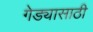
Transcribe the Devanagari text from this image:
गेड्यासाठी